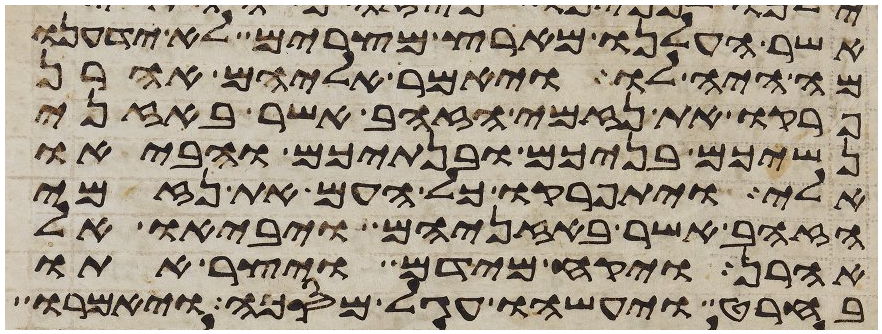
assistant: אשר העלנו מארץ מצרים לא ידענו
מה היה לו ויאמר אליהם אהרן
פרקו את נזמי הזהב אשר באזני
נשיכם בניכם ובנתיכם והביאו
אלי ויתפרקו כל העם את נזמי
הזהב אשר באזניהם ויביאו אל
אהרן ויקח מידם ויצר אתו
בחרט ויעשהו עגל מסכה ויאמרו